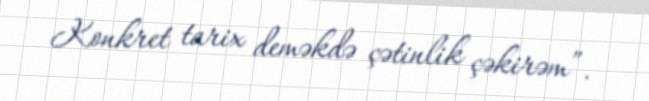
Konkret tarix deməkdə çətinlik çəkirəm”.